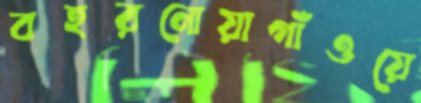
বহরনোয়াগাঁওয়ে